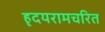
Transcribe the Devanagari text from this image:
हृदयरामचरित